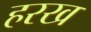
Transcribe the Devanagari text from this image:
हरख